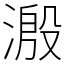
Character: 溵